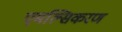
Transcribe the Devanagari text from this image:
एमल्सिकरण